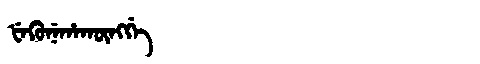
Manchu: ᡶᡝᡴᡠᠨᡝᡥᠠᡴᡡᠩᡤᡝ
Romanization: FEKUNEHAKŪNGGE